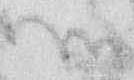
御